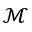
\mathcal { M }